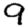
Digit: 9